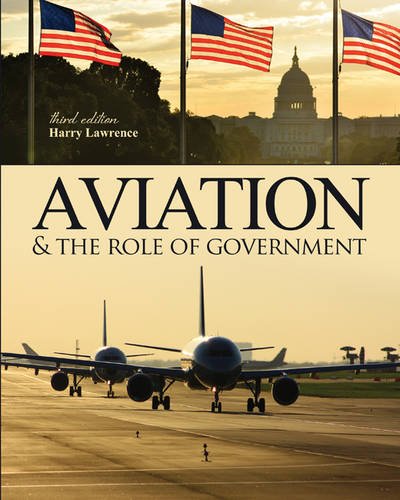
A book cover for Aviation and the Role of Government; LAWRENCE  HARRY W; Business & Money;